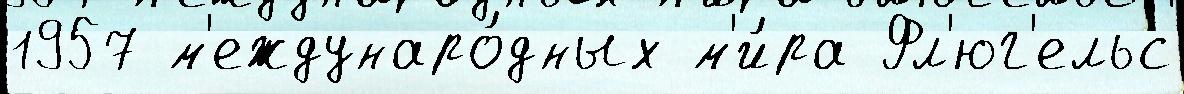
1957 м'еждунаро́дных м'и́ра Фл'юг'ельс